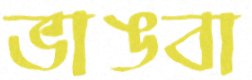
ভাঙবা